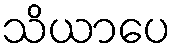
သိယာပေ